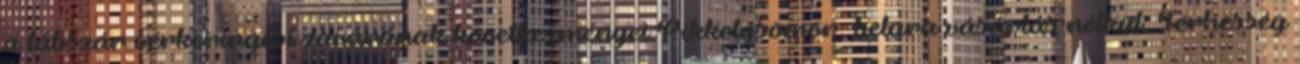
a lábszár vérkeringési zavarának következményei.Pikkelysömör, belara vásárlás nélkül. Terhesség